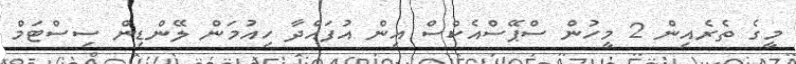
މީގެ ތެރެއިން 2 މީހުން ސްޕޭސްއެކްސް އިން އުފައްދާ ހިއުމަން ލޭންޑިން ސިސްޓަމް